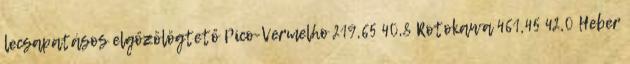
lecsapatásos elgőzölögtető Pico-Vermelho 219,65 40,8 Rotokawa 461,45 42,0 Heber